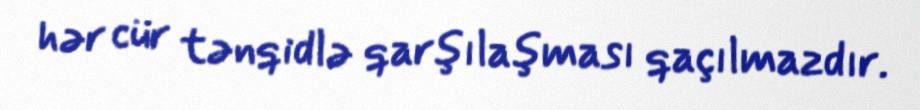
hər cür tənqidlə qarşılaşması qaçılmazdır.